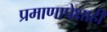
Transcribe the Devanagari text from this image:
प्रमाणापेक्षाही